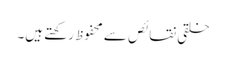
خلقی نقائص سے محفوظ رکھتے ہیں۔